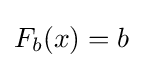
F_{b}(x)=b